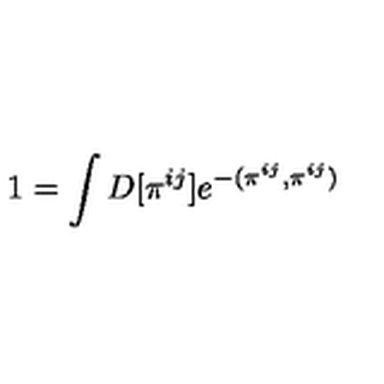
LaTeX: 1 = \int D [ \pi ^ { i j } ] e ^ { - ( \pi ^ { i j } , \pi ^ { i j } ) }